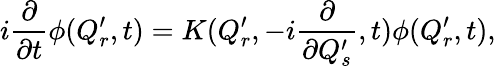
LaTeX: i{\frac{\partial}{\partial t}}\phi(Q_{r}^{\prime},t)=K(Q_{r}^{\prime},-i{\frac{\partial}{\partial Q_{s}^{\prime}}},t)\phi(Q_{r}^{\prime},t),